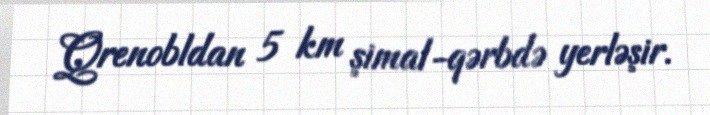
Qrenobldan 5 km şimal-qərbdə yerləşir.